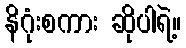
နိဂုံးစကား ဆိုပါရဲ့။